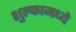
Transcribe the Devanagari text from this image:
शुल्कामध्ये